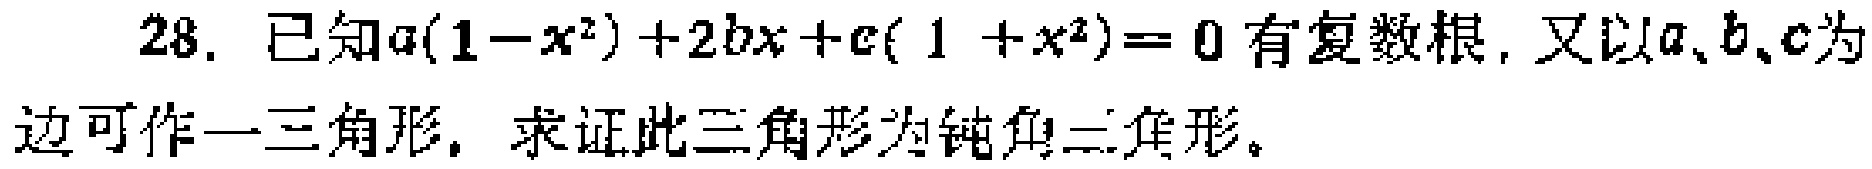
28. 已知\(a(1 - x^{2})+2bx + c(1 + x^{2}) = 0\)有复数根，又以\(a\)、\(b\)、\(c\)为边可作一三角形，求证此三角形为钝角三角形。